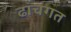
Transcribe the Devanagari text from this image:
ढांचगत